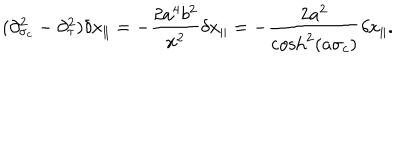
( \partial _ { \sigma _ { c } } ^ { 2 } - \partial _ { \tau } ^ { 2 } ) \delta x _ { \parallel } = - \frac { 2 a ^ { 4 } b ^ { 2 } } { x ^ { 2 } } \delta x _ { \parallel } = - \frac { 2 a ^ { 2 } } { \cosh ^ { 2 } ( a \sigma _ { c } ) } \delta x _ { \parallel } .